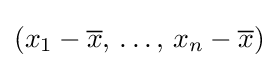
(x_{1}-{\overline {x}},\,\dots ,\,x_{n}-{\overline {x}})